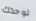
لوحدك